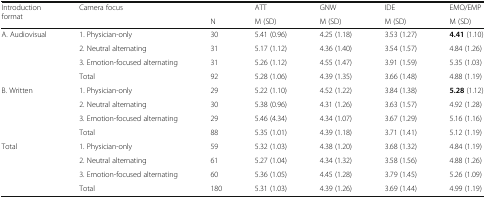
| <ROWSPAN=2> Introduction format | <ROWSPAN=2> Camera focus |  | ATT | GNW | IDE | EMO/EMP |
 | N | M (SD) | M (SD) | M (SD) | M (SD) |
 | --- | --- | --- | --- | --- | --- | --- |
 | <ROWSPAN=4> A. Audiovisual | 1. Physician-only | 30 | 5.41 (0.96) | 4.25 (1.18) | 3.53 (1.27) | 4.41 (1.10) |
 | 2. Neutral alternating | 31 | 5.17 (1.12) | 4.36 (1.40) | 3.54 (1.57) | 4.84 (1.26) |
 | 3. Emotion-focused alternating | 31 | 5.26 (1.12) | 4.55 (1.47) | 3.91 (1.59) | 5.35 (1.03) |
 | Total | 92 | 5.28 (1.06) | 4.39 (1.35) | 3.66 (1.48) | 4.88 (1.19) |
 | <ROWSPAN=4> B. Written | 1. Physician-only | 29 | 5.22 (1.10) | 4.52 (1.22) | 3.84 (1.38) | 5.28 (1.12) |
 | 2. Neutral alternating | 30 | 5.38 (0.96) | 4.31 (1.26) | 3.63 (1.57) | 4.92 (1.28) |
 | 3. Emotion-focused alternating | 29 | 5.46 (4.34) | 4.34 (1.07) | 3.67 (1.29) | 5.16 (1.16) |
 | Total | 88 | 5.35 (1.01) | 4.39 (1.18) | 3.71 (1.41) | 5.12 (1.19) |
 | <ROWSPAN=4> Total | 1. Physician-only | 59 | 5.32 (1.03) | 4.38 (1.20) | 3.68 (1.32) | 4.84 (1.19) |
 | 2. Neutral alternating | 61 | 5.27 (1.04) | 4.34 (1.32) | 3.58 (1.56) | 4.88 (1.26) |
 | 3. Emotion-focused alternating | 60 | 5.36 (1.05) | 4.45 (1.28) | 3.79 (1.45) | 5.26 (1.09) |
 | Total | 180 | 5.31 (1.03) | 4.39 (1.26) | 3.69 (1.44) | 4.99 (1.19) |